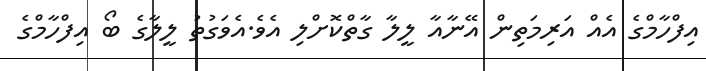
އިފްހާމްގެ އެއް އަރިމަތިން އޭނާއާ ލީލާ ގާތްކޮށްލި އެވެ.އެވަގުތު ލީލާގެ ބޯ އިފްހާމްގެ